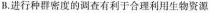
B.进行种群密度的调查有利于合理利用生物资源